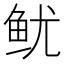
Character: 鱿